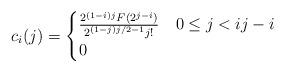
LaTeX: \begin{align*}c_i(j) = \begin{cases} \frac{2^{(1-i)j}F(2^{j-i})}{2^{(1-j)j/2-1} j!} & 0\leq j < i j-i \\ 0 & \end{cases}\end{align*}